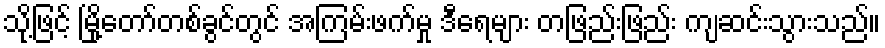
သို့ဖြင့် မြို့တော်တစ်ခွင်တွင် အကြမ်းဖက်မှု ဒီရေများ တဖြည်းဖြည်း ကျဆင်းသွားသည်။